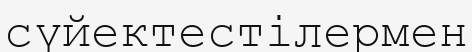
сүйектестілермен